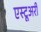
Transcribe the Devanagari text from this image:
एस्टूअरी